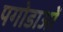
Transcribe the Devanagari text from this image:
पगोडाओं